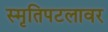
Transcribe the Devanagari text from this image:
स्मृतिपटलावर